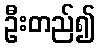
ဦးတည်၍